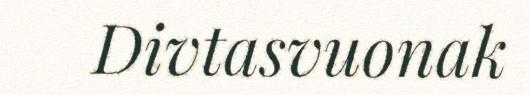
Divtasvuonak